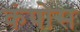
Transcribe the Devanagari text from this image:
कंपोस